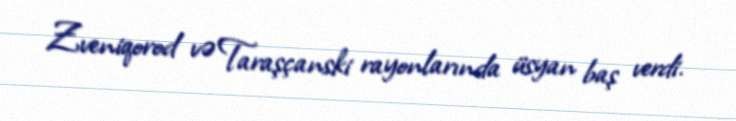
Zveniqorod və Taraşçanski rayonlarında üsyan baş verdi.